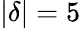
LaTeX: |\delta|=5